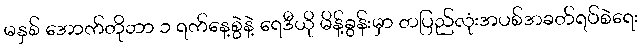
မနှစ် အောက်တိုဘာ ၁ ရက်နေ့စွဲနဲ့ ရေဒီယို မိန့်ခွန်းမှာ တပြည်လုံးအပစ်အခတ်ရပ်စဲရေး